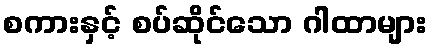
စကားနှင့် စပ်ဆိုင်သော ဂါထာများ